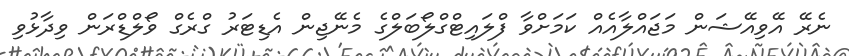
ނެރޭ އޭވިއޭޝަން މަޖައްލާއެއް ކަމަށްވާ ފްލައިޓްގްލޯބަލްގެ މެނޭޖިން އެޑިޓަރު ގްރެގް ވޯލްޑްރަން ވިދާޅުވި